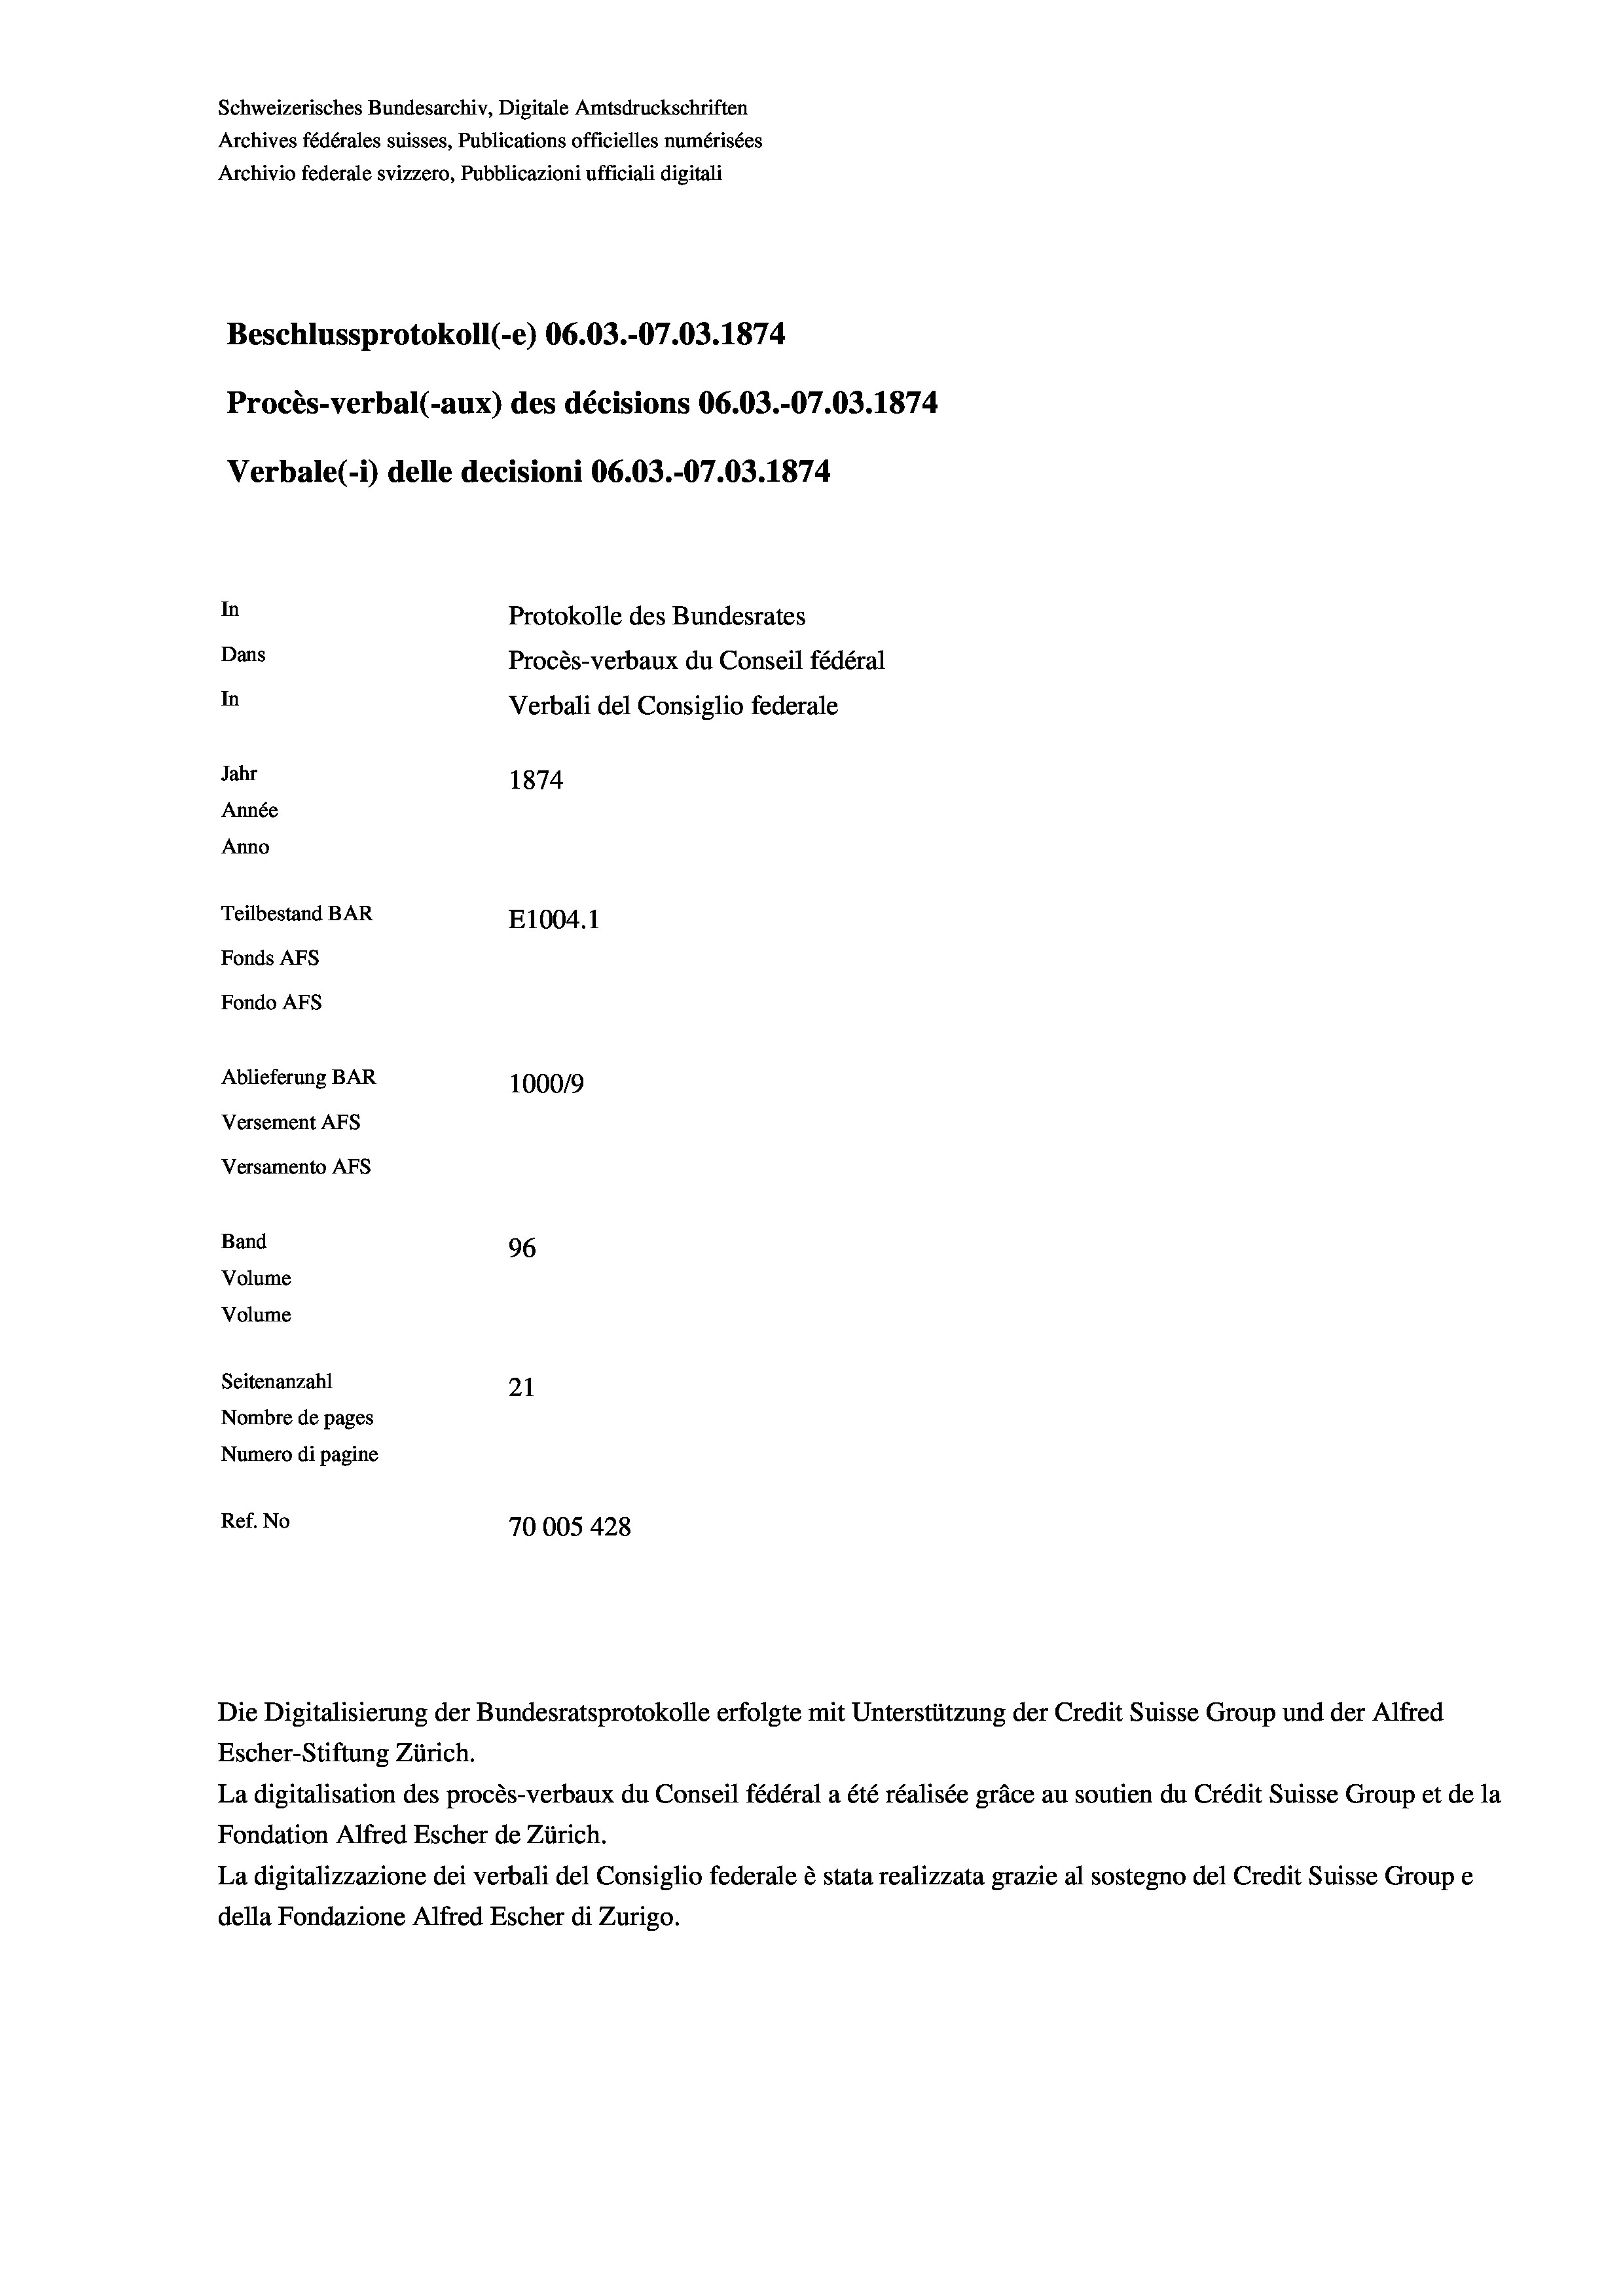
Schweizerisches Bundesarchiv, Digitale Amtsdruckschriften
Archives fédérales suisses, Publications officielles numérisées
Archivio federale svizzero, Pubblicazioni ufficiali digitali
Beschlussprotokoll (-e) 06.03.-07.03. 1874
Procès-verbal (-aux) des décisions 06.03.-07.03. 1874
Verbale (i) delle decisioni 06.03.-07.03. 1874
In
Protokolle des Bundesrates
Dans
Procès-verbaux du Conseil fédéral
In
Verbali del Consiglio federale
Jahr
1874
Année
Anno
Teilbestand BAR
E1004. 1
Fonds Afs
Fondo Afs
Ablieferung BAR
100019
Versement AFs
Versamento AFs
Band
96
Volume
Volume
Seitenanzahl
21
Nombre de pages
Numero di pagine
Ref. No
70005 428

Escher-Stiftung Zürich.

La digitalisation des procès-verbaux du Conseil fédéral a été réalisée gräce au soutien du Crédit Suisse Group et de la
Fondation Alfred Escher de Zürich.
La digitalizzazione dei verbali del Consiglio federale è stata realizzata grazie al sostegno del Credit Suisse Groupe
della Fondazione Alfred Escher di Zurigo.

Die Digitalisierung der Bundesratsprotokolle erfolgte mit Unterstützung der Credit Suisse Group und der Alfred